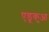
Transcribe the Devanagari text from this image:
एडूकुआ